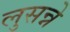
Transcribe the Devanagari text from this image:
लुसन्ने